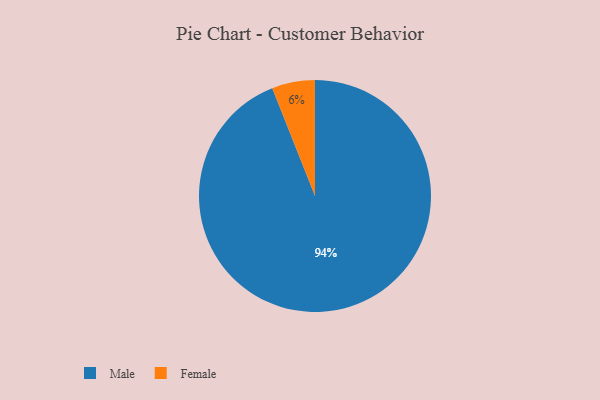
{"axis": {"x": "Category", "y": "Percentage"}, "legend": ["Female", "Male"], "data": [{"x": "Female", "y": 6, "type": "Female"}, {"x": "Male", "y": 94, "type": "Male"}]}